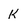
Character: K